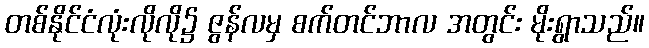
တစ်နိုင်ငံလုံးလိုလို၌ ဇွန်လမှ စက်တင်ဘာလ အတွင်း မိုးရွာသည်။